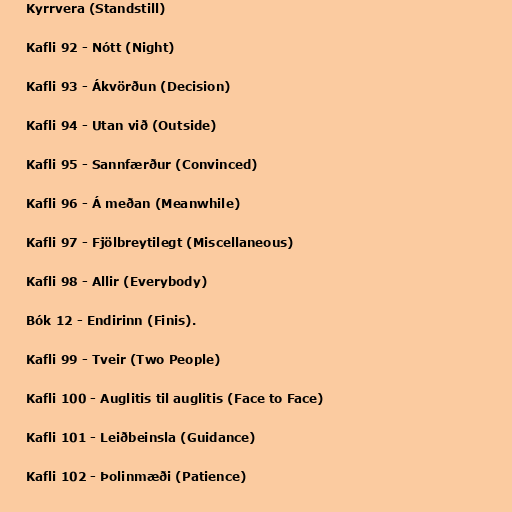
Kyrrvera (Standstill)

Kafli 92 - Nótt (Night)

Kafli 93 - Ákvörðun (Decision)

Kafli 94 - Utan við (Outside)

Kafli 95 - Sannfærður (Convinced)

Kafli 96 - Á meðan (Meanwhile)

Kafli 97 - Fjölbreytilegt (Miscellaneous)

Kafli 98 - Allir (Everybody)

Bók 12 - Endirinn (Finis).

Kafli 99 - Tveir (Two People)

Kafli 100 - Auglitis til auglitis (Face to Face)

Kafli 101 - Leiðbeinsla (Guidance)

Kafli 102 - Þolinmæði (Patience)